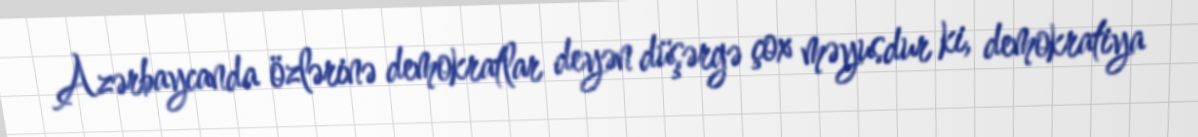
Azərbaycanda özlərinə demokratlar deyən düşərgə çox məyusdur ki, demokratiya